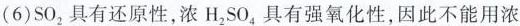
(6)SO_{2}具有还原性，浓H_{2}SO_{4}具有强氧化性，因此不能用浓